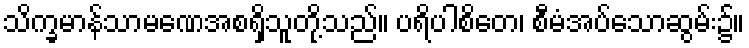
သိက္ခမာန်သာမဏေအစရှိသူတို့သည်။ ပရိပါစိတေ၊ စီမံအပ်သောဆွမ်း၌။